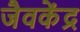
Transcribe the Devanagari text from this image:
जैवकेंद्र